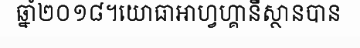
ឆ្នាំ២០១៨។យោធាអាហ្វហ្គានីស្ថានបាន